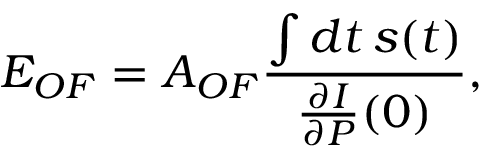
E _ { O F } = A _ { O F } \frac { \int \mathop { d t } s ( t ) } { \frac { \partial I } { \partial P } ( 0 ) } ,